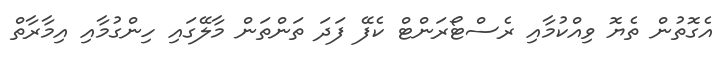
އެގޮތުން ތެޔޮ ވިއްކުމާއި ރެސްޓޯރަންޓް ކެފޭ ފަދަ ތަންތަން މާލޭގައި ހިންގުމާއި އިމާރާތް